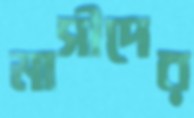
মাসীদের